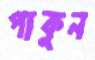
পাকুন